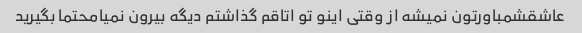
عاشقشمباورتون نمیشه از وقتی اینو تو اتاقم گذاشتم دیگه بیرون نمیامحتما بگیرید